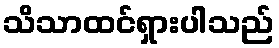
သိသာထင်ရှားပါသည်